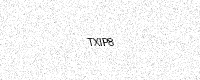
Text: TXIP8